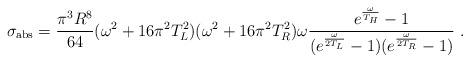
LaTeX: \begin{align*}\sigma_{\rm abs} = {\pi^3R^8\over 64}(\omega^2+16\pi^2T_L^2)(\omega^2+16\pi^2T_R^2)\omega{e^{\omega\over T_H}-1 \over (e^{\omega\over 2T_L}-1)(e^{\omega\over 2T_R}-1)} \ .\end{align*}